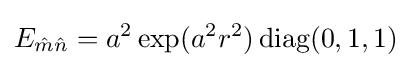
E_{{\hat {m}}{\hat {n}}}=a^{2}\exp(a^{2}r^{2})\operatorname {diag} (0,1,1)